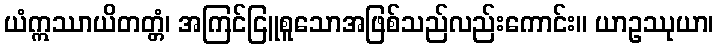
ယံဣဿာယိတတ္တံ၊ အကြင်ငြူစူသောအဖြစ်သည်လည်းကောင်း။ ယာဥဿုယာ၊